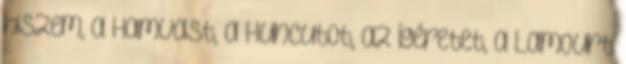
hiszem, a Hamvast, a Huncutot, az Ígéretet, a Lamourt